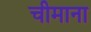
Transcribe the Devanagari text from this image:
चीमाना